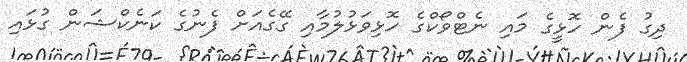
ދިގު ފެން ހޮޅީގެ މައި ނެޓްވޯކްގެ ހޮޅިވަޅުލުމާއި ގޭގެއަށް ފެނުގެ ކަނެކްޝަން ގުޅައި